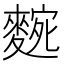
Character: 𮭼